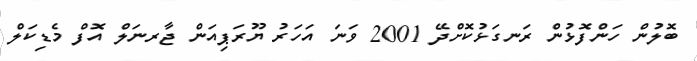
ބޮލުން ހަންފޮޅުން ރަނގަޅުކޮށްދޭ 2001 ވަނަ އަހަރު ޔޫރަޕިއަން ޖާރނަލް އޮފް މެޑިކަލް